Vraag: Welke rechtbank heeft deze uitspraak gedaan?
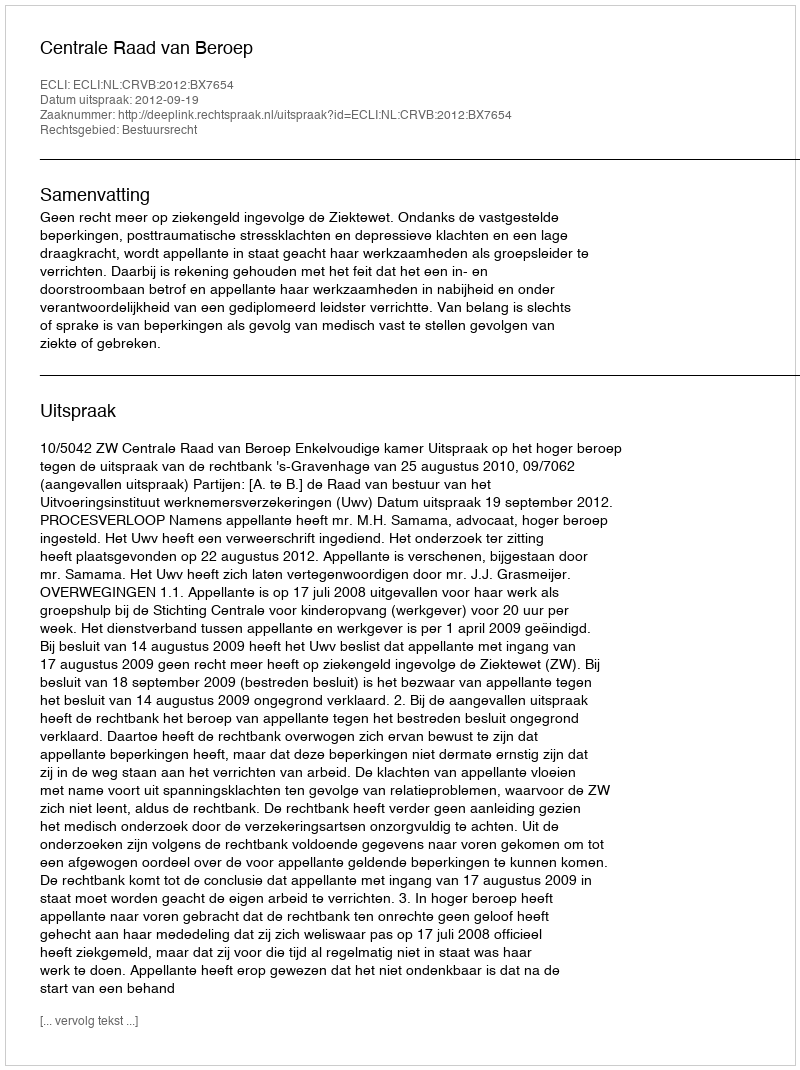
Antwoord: Centrale Raad van Beroep